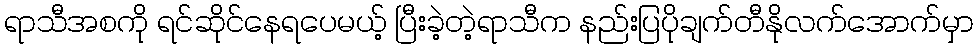
ရာသီအစကို ရင်ဆိုင်နေရပေမယ့် ပြီးခဲ့တဲ့ရာသီက နည်းပြပိုချက်တီနိုလက်အောက်မှာ